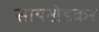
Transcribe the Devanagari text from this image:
सायखेडकर